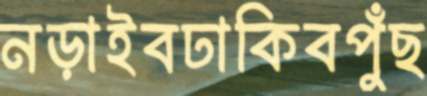
নড়াইবঢাকিবপুঁছ